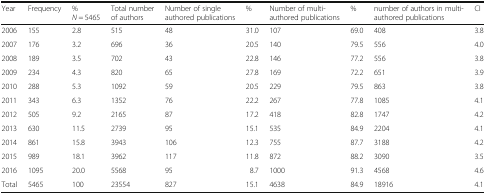
| Year | Frequency | %N = 5465 | Total number of authors | Number of single authored publications | % | Number of multi- authored publications | % | number of authors in multi-authored publications | CI |
 | --- | --- | --- | --- | --- | --- | --- | --- | --- | --- |
 | 2006 | 155 | 2.8 | 515 | 48 | 31.0 | 107 | 69.0 | 408 | 3.8 |
 | 2007 | 176 | 3.2 | 696 | 36 | 20.5 | 140 | 79.5 | 556 | 4.0 |
 | 2008 | 189 | 3.5 | 702 | 43 | 22.8 | 146 | 77.2 | 556 | 3.8 |
 | 2009 | 234 | 4.3 | 820 | 65 | 27.8 | 169 | 72.2 | 651 | 3.9 |
 | 2010 | 288 | 5.3 | 1092 | 59 | 20.5 | 229 | 79.5 | 863 | 3.8 |
 | 2011 | 343 | 6.3 | 1352 | 76 | 22.2 | 267 | 77.8 | 1085 | 4.1 |
 | 2012 | 505 | 9.2 | 2165 | 87 | 17.2 | 418 | 82.8 | 1747 | 4.2 |
 | 2013 | 630 | 11.5 | 2739 | 95 | 15.1 | 535 | 84.9 | 2204 | 4.1 |
 | 2014 | 861 | 15.8 | 3943 | 106 | 12.3 | 755 | 87.7 | 3188 | 4.2 |
 | 2015 | 989 | 18.1 | 3962 | 117 | 11.8 | 872 | 88.2 | 3090 | 3.5 |
 | 2016 | 1095 | 20.0 | 5568 | 95 | 8.7 | 1000 | 91.3 | 4568 | 4.6 |
 | Total | 5465 | 100 | 23554 | 827 | 15.1 | 4638 | 84.9 | 18916 | 4.1 |